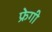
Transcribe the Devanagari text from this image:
फ्रेगी